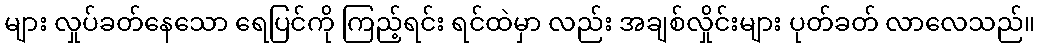
များ လှုပ်ခတ်နေသော ရေပြင်ကို ကြည့်ရင်း ရင်ထဲမှာ လည်း အချစ်လှိုင်းများ ပုတ်ခတ် လာလေသည်။